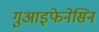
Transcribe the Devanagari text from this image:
गुआइफेनेसिन